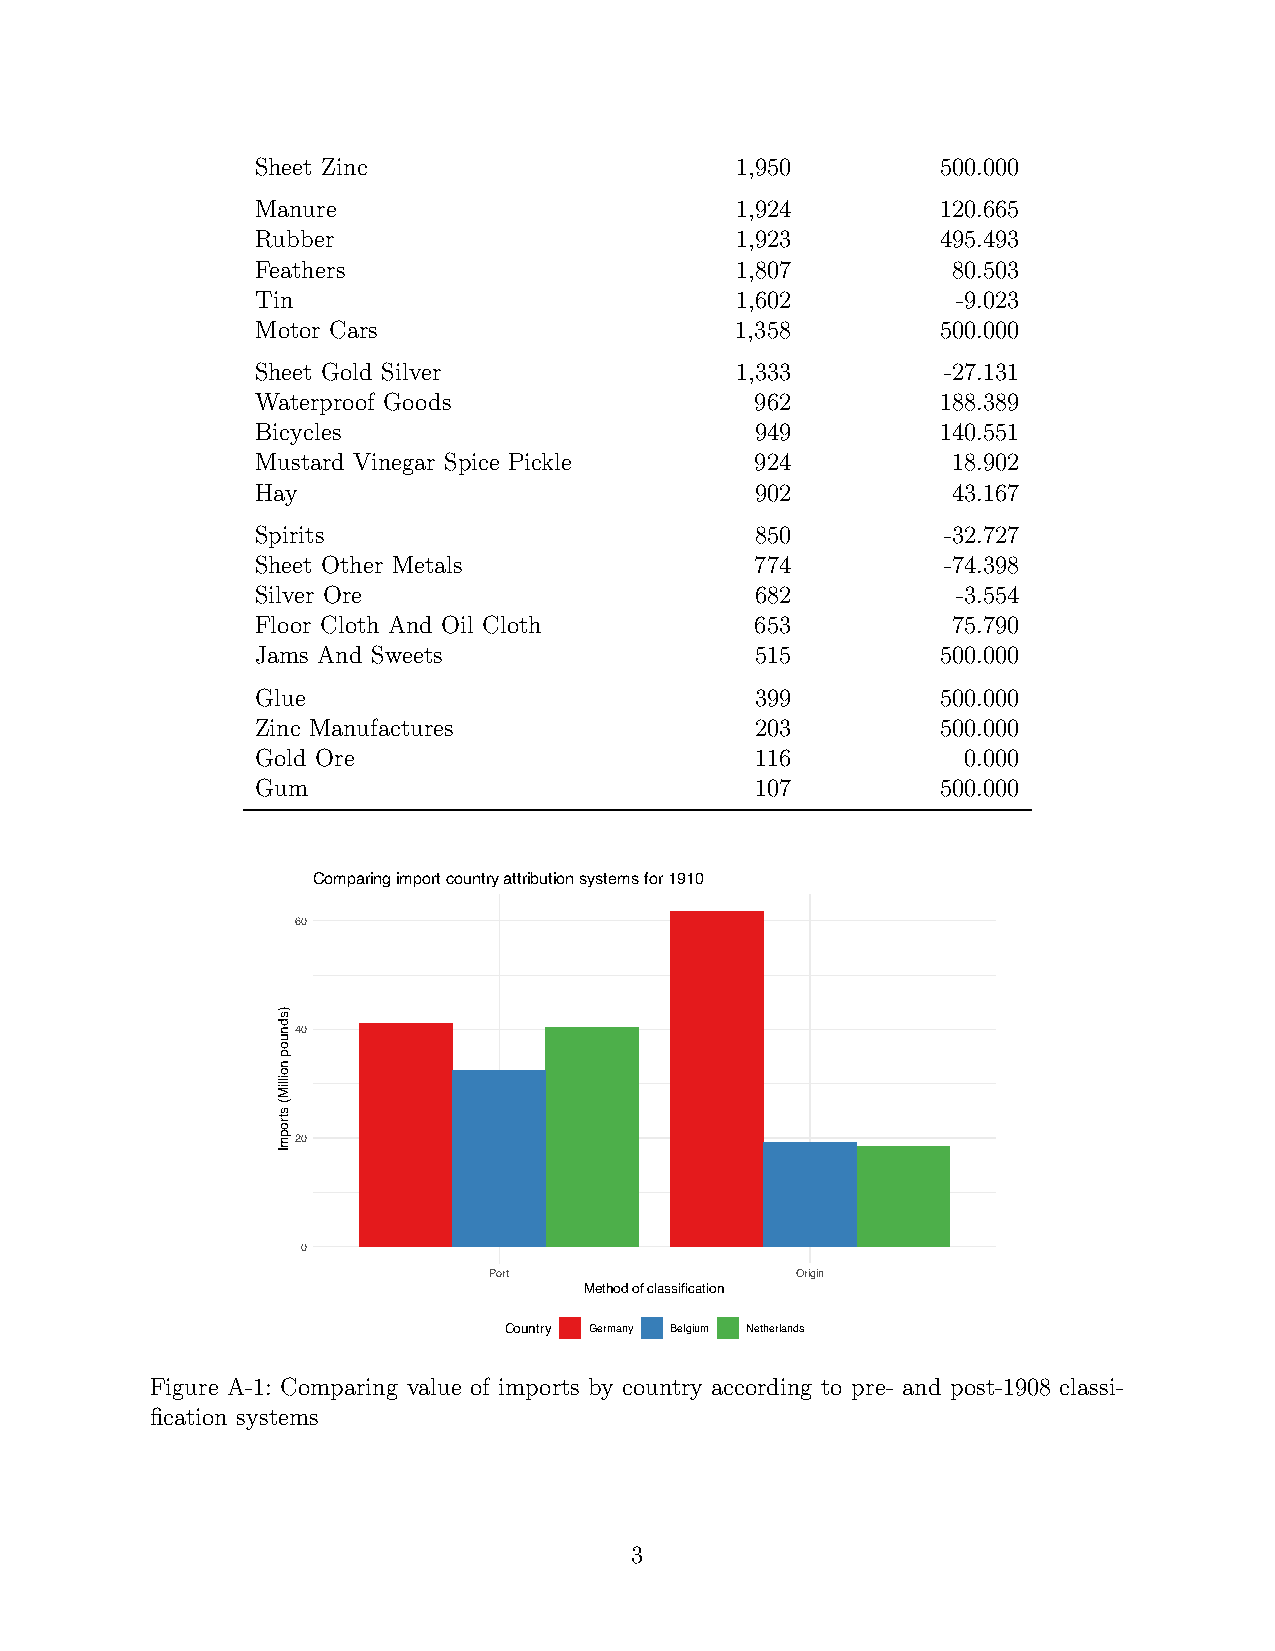
Sheet Zinc                      1,950        500.000
 Manure                          1,924        120.665
 Rubber                          1,923        495.493
 Feathers                        1,807         80.503
 Tin                             1,602         -9.023
 Motor Cars                      1,358        500.000
 Sheet Gold Silver               1,333        -27.131
 Waterproof Goods                 962         188.389
 Bicycles                         949         140.551
 Mustard Vinegar Spice Pickle     924          18.902
 Hay                              902          43.167
 Spirits                          850         -32.727
 Sheet Other Metals               774         -74.398
 Silver Ore                       682          -3.554
 Floor Cloth And Oil Cloth        653          75.790
 Jams And Sweets                  515         500.000
 Glue                             399         500.000
 Zinc Manufactures                203         500.000
 Gold Ore                         116           0.000
 Gum                              107         500.000
 Comparing import country attribution systems for 1910
 60
 40
 20
 0
 Port                 Origin
 Method of classification
 Country Germany Belgium Netherlands
 Figure A-1: Comparing value of imports by country according to pre- and post-1908 classi-
 fication systems
 3
 )sdnuop
 noilliM(
 stropmI